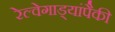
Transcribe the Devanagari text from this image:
रेल्वेगाड्यांपैकी